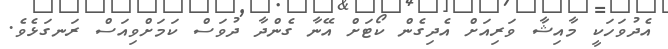
އެދުވަހަކީ މާއިޝާ ވަރިއަށް އެދިގެން ކޯޓަށް އޭނާ ގެންދާ ދުވަސް ކަމަށްވިއަސް ރަނގަޅެވެ.